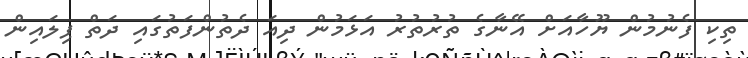
ތިކި ފެނުމުން ޔޫހާއަށް އޭނާގެ ތުރުތުރު އަޅަމުން ދިއަ ދެތުންފަތުގައި ދަތް ޕިލައިން